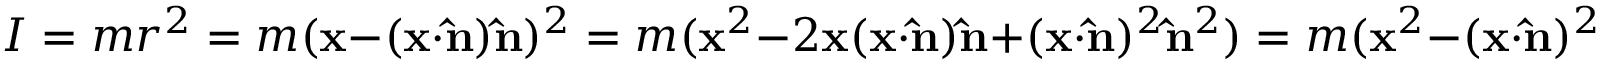
I = m r ^ { 2 } = m ( \mathbf { x } - ( \mathbf { x } \cdot \mathbf { \hat { n } } ) \mathbf { \hat { n } } ) ^ { 2 } = m ( \mathbf { x } ^ { 2 } - 2 \mathbf { x } ( \mathbf { x } \cdot \mathbf { \hat { n } } ) \mathbf { \hat { n } } + ( \mathbf { x } \cdot \mathbf { \hat { n } } ) ^ { 2 } \mathbf { \hat { n } } ^ { 2 } ) = m ( \mathbf { x } ^ { 2 } - ( \mathbf { x } \cdot \mathbf { \hat { n } } ) ^ { 2 } )